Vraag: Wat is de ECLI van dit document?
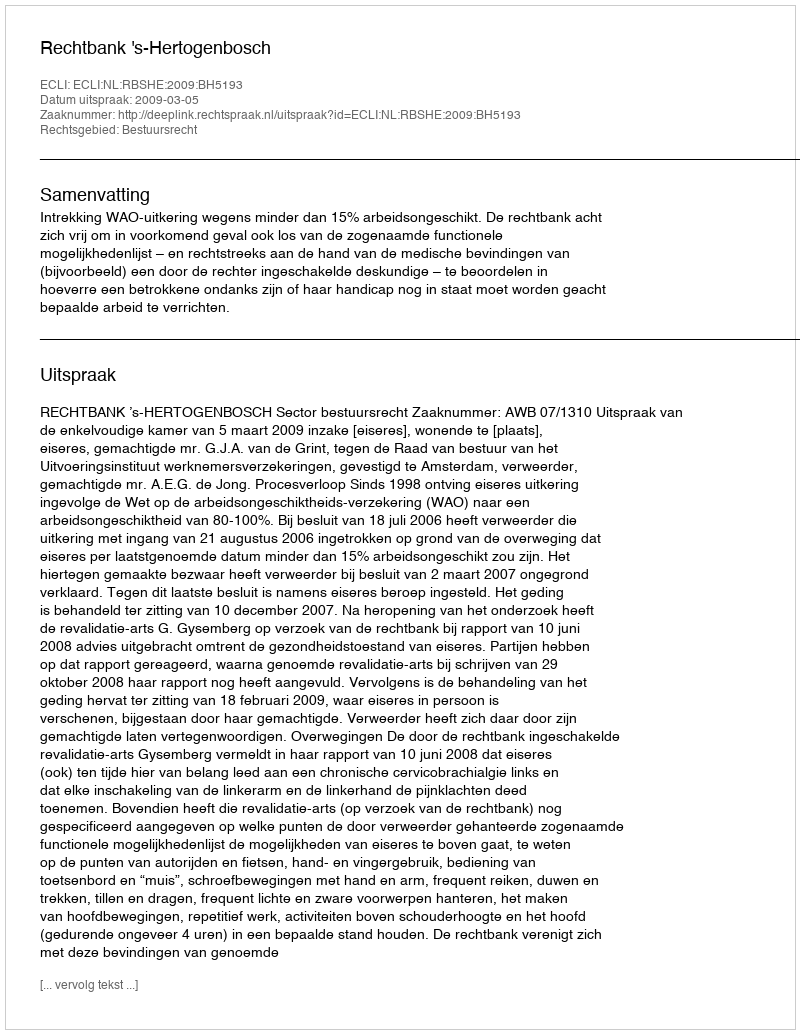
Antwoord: ECLI:NL:RBSHE:2009:BH5193